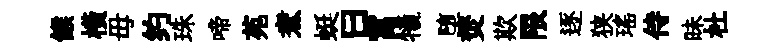
餱横毋约珠啼苑煮蜓曰罥犧堕焚欺限逐狭瑶侍昧杜